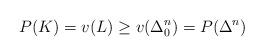
LaTeX: \begin{align*}P(K) = v(L) \ge v(\Delta^n_0) = P(\Delta^n)\end{align*}